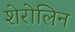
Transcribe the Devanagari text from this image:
शेरोलिन